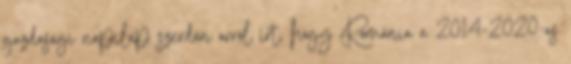
gazdasági napilap szerdán arról írt, hogy Románia a 2014-2020-as